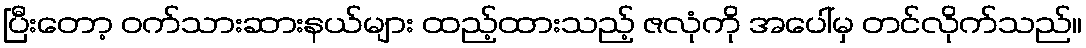
ပြီးတော့ ဝက်သားဆားနယ်များ ထည့်ထားသည့် ဇလုံကို အပေါ်မှ တင်လိုက်သည်။